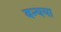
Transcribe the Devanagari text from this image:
वन्यया